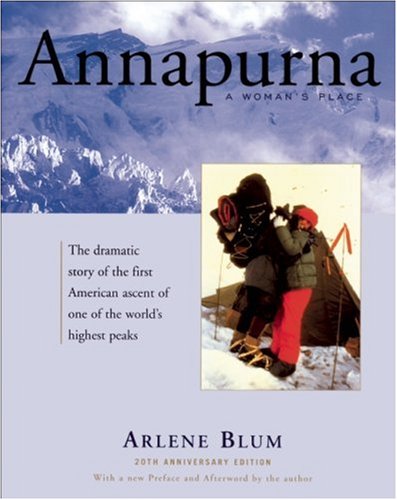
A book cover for Annapurna: A Woman's Place (20th Anniversary Edition); Arlene Blum; Travel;